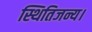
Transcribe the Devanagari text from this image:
स्थितिजन्य।